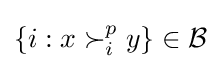
\{i:x\succ _{i}^{p}y\}\in {\mathcal {B}}